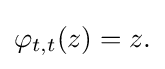
\displaystyle {\varphi _{t,t}(z)=z.}